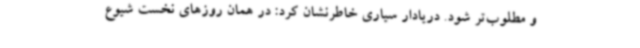
و مطلوب‌تر شود. دریادار سیاری خاطرنشان کرد: در همان روزهای نخست شیوع